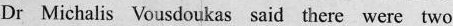
Dr Michalis Vousdoukas said there were two